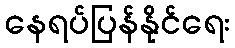
နေရပ်ပြန်နိုင်ရေး